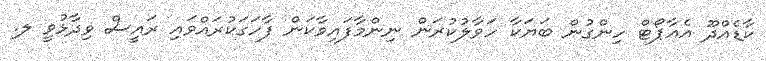
ކާޑެއްދޫ އެއާޕޯޓް ހިންގުން ބަޔަކާ ހަވާލުކުރަން ނިންމާފައިވާކަން ފާހަގަކުރައްވައި ރައީސް ވިދާޅުވީ ލ.